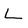
Character: L